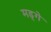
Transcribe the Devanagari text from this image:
मड्गे